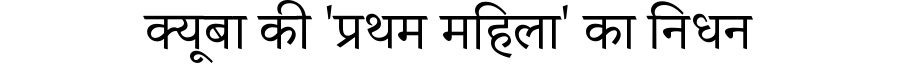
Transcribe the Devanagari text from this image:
क्यूबा की 'प्रथम महिला' का निधन